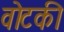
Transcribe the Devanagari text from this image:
वोटकी